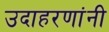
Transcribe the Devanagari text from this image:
उदाहरणांनी